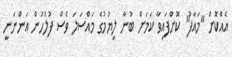
އެއްކޮށް "މައާފު" ކޮށްފައިވާ ކަމަށް ބުނާ ލިޔުމުގެ މައްސަލަ ވެސް ފުލުހުން އަންނަނީ